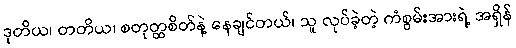
ဒုတိယ၊ တတိယ၊ စတုတ္ထစိတ်နဲ့ နေချင်တယ်၊ သူ လုပ်ခဲ့တဲ့ ကံစွမ်းအားရဲ့ အရှိန်